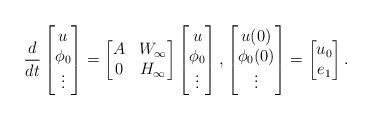
LaTeX: \begin{align*}\frac{d}{dt}\begin{bmatrix}u\\\phi_0\\\vdots\end{bmatrix}=\begin{bmatrix}A &W_\infty\\0 & H_\infty\end{bmatrix}\begin{bmatrix}u\\\phi_0\\\vdots\end{bmatrix}, \begin{bmatrix}u(0)\\\phi_0(0)\\\vdots\end{bmatrix} =\begin{bmatrix} u_0 \\ e_1 \end{bmatrix}.\end{align*}